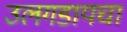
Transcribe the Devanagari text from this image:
उलगडायचा